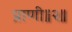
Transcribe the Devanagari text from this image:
प्राणी॥२॥